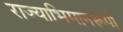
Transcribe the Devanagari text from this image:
राज्याभिमानरूपी